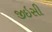
જીઇસી